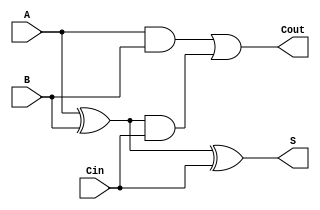
module CarryLookaheadFullAdder (
    input wire A,      // First input bit
    input wire B,      // Second input bit
    input wire Cin,    // Carry-in bit
    output wire S,     // Sum output
    output wire Cout    // Carry-out output
);

    // Internal signal declarations
    wire G; // Generate
    wire P; // Propagate

    // Generate and propagate logic
    assign G = A & B;      // Generate
    assign P = A ^ B;      // Propagate

    // Sum calculation
    assign S = P ^ Cin;    // Sum output

    // Carry-out calculation
    assign Cout = G | (P & Cin); // Carry-out output

endmodule